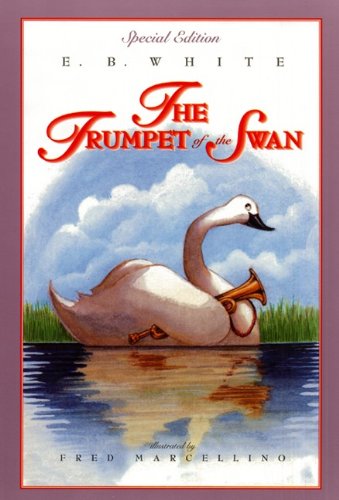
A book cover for The Trumpet of the Swan (full color); E. B. White; Children's Books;